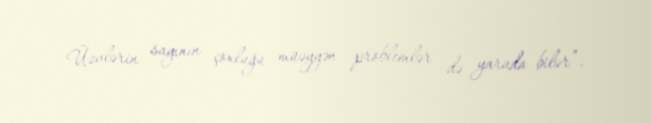
Üzvlərin sayının çoxluğu müəyyən problemlər də yarada bilər”.